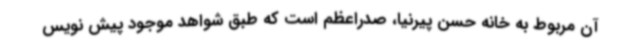
آن مربوط به خانه حسن پیرنیا، صدراعظم است که طبق شواهد موجود پیش نویس